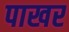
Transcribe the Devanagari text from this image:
पाखर